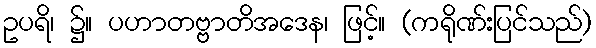
ဥပရိ၊ ၌။ ပဟာတဗ္ဗာတိအဒေန၊ ဖြင့်။ (ကရိုဏ်းပြင်သည်)